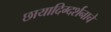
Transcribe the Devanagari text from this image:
छायादिग्दर्शनाचे